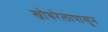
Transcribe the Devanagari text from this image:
खोबरेलापासून